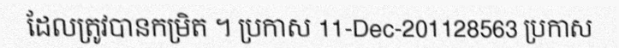
ដែលត្រូវបានកម្រិត ។ ប្រកាស 11-Dec-201128563 ប្រកាស